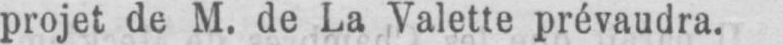
projet de M. de La Valette prévaudra.